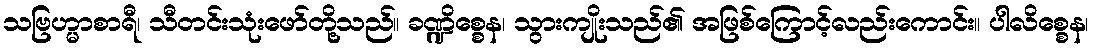
သဗြဟ္မာစာရီ၊ သီတင်းသုံးဖော်တို့သည်။ ခဏ္ဍိစ္စေန၊ သွားကျိုးသည်၏ အဖြစ်ကြောင့်လည်းကောင်း။ ပါလိစ္စေန၊